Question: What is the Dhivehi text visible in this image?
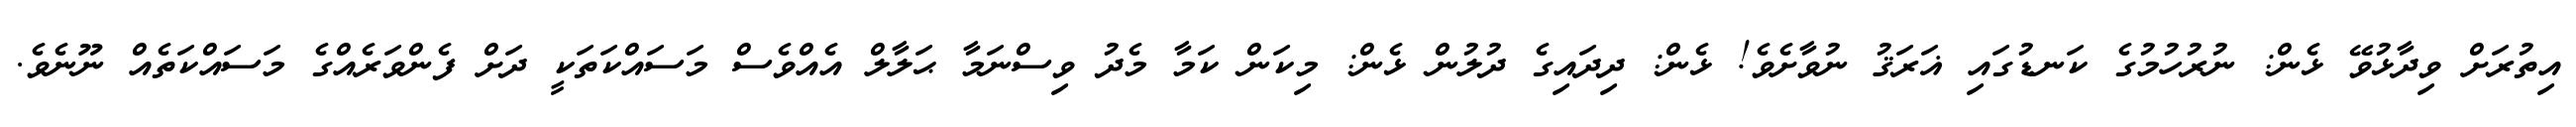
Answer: އިތުރަށް ވިދާޅުވޭ ޅެން: ނުރުހުމުގެ ކަނޑުގައި ޣަރަޤު ނުވާށެވެ! ޅެން: ދިދައިގެ ދުލުން ޅެން: މިކަން ކަމާ މެދު ވިސްނަމާ ޙަލާލް އެއްވެސް މަސައްކަތަކީ ދަށް ފެންވަރެއްގެ މަސައްކަތެއް ނޫނެވެ.